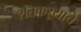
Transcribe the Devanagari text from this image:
शेतकऱ्याचे